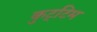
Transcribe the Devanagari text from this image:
कुट्‌टिम